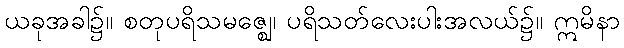
ယခုအခါ၌။ စတုပရိသမဇ္ဈေ၊ ပရိသတ်လေးပါးအလယ်၌။ ဣမိနာ